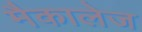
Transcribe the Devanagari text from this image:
मैकालेज